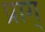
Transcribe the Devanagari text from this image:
प्राग्‌